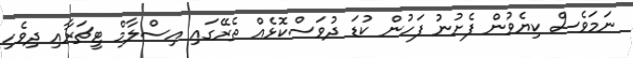
ނަމަވެސް ކިޔެވުން ފެށުނު ފަހުން ކުޑަ ދުވަސްކޮޅެއް ތެރޭގައި އިސްލާމް ޓީޗަރާއި ދިވެހި